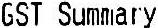
GST SUMMARY